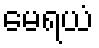
မေရယံ